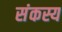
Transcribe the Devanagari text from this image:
संकस्य